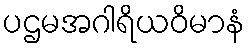
ပဌမအဂါရိယဝိမာနံ